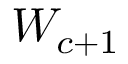
W _ { c + 1 }